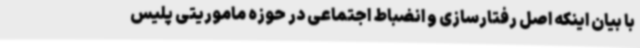
با بیان اینکه اصل رفتارسازی و انضباط اجتماعی در حوزه ماموریتی پلیس